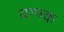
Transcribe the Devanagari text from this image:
यग्मक